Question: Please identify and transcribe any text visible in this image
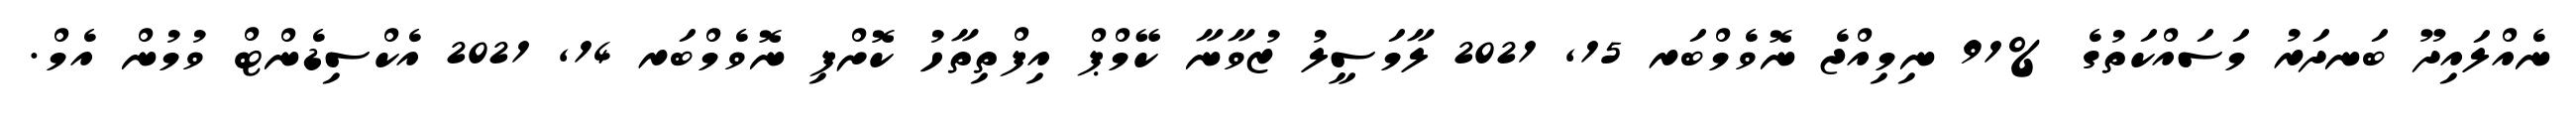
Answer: ނެއްލައިދޫ ބަނދަރު މަސައްކަތުގެ %91 ނިމިއްޖެ ނޮވެމްބަރ 15, 2021 ލާމަސީލު ޒުވާނާ ކޭމްޕް އިފްތިތާހު ކޮށްފި ނޮވެމްބަރ 14, 2021 އެކްސިޑެންޓް ވުމުން އެމް.